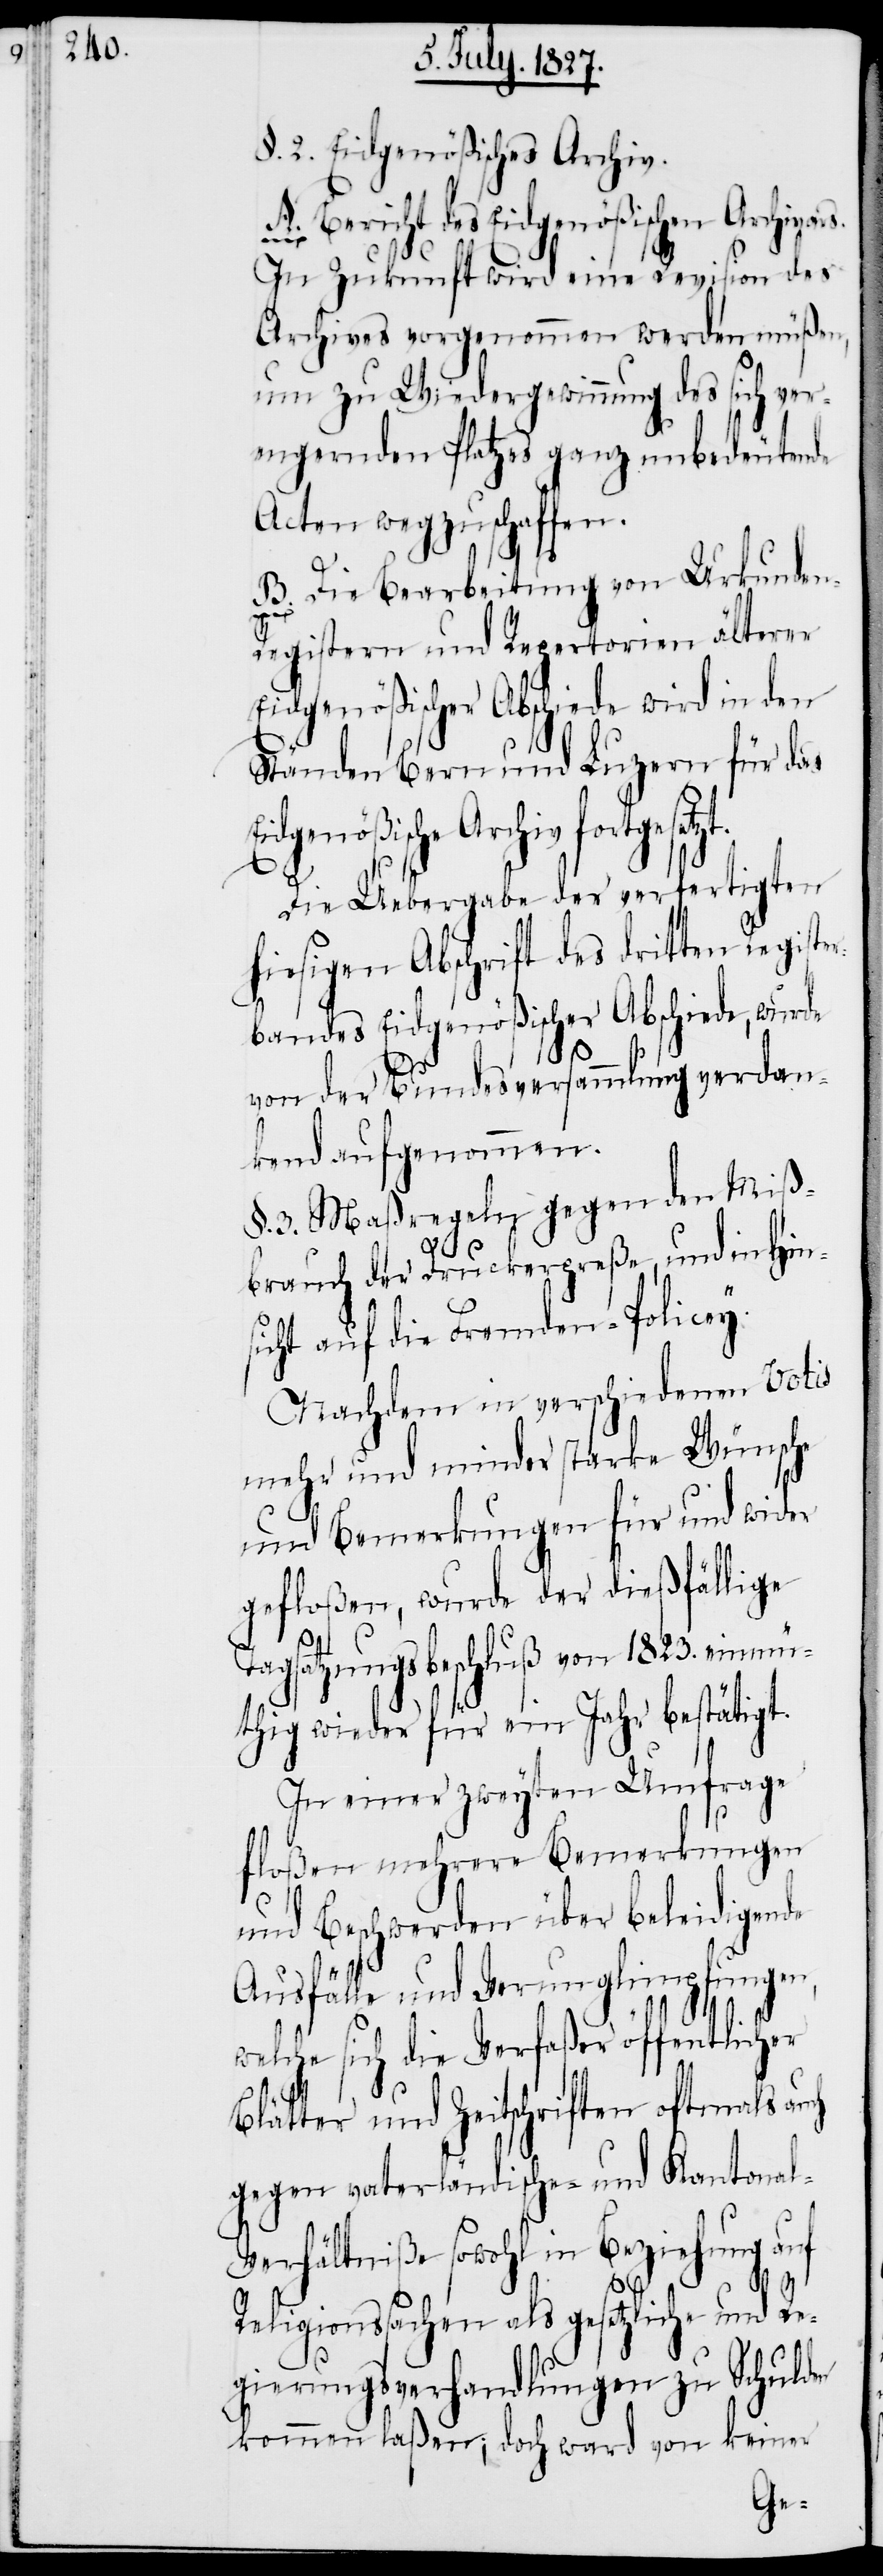
§. 2. Eidgenößisches Archiv.
A. Bericht des Eidgenößischen Archivar¬
In Zukunft wird eine Revision des
Archives vorgenommen werden müßen,
um zu Wiedergewinnung des sich ver¬
engenden Platzes ganz unbedeutende
Acten wegzuschaffen.
n-R¬
B. Die Bearbeitung von Urkunde¬
egistern und Repertorien älterer
Eidgenößischer Abschiede wird in den
Ständen Bern und Luzern für das
idgenößische Archiv fortgesetz¬
Die Uebergabe der verfertigten
hiesigen Abschrift des dritten Register¬
bandes Eidgenößischer Abschiede, wurde
t.
von der Bundesversammlung verdan¬
kend aufgenommen.
§. 3. Maßregeln gegen den Miß¬
brauch der Druckerpreße, und in Hin¬
sicht auf die Fremden-Policey.
Nachdem in verschiedenen Votis
mehr und minder starke Wünsche
und Bemerkungen für und wider
gefloßen, wurde der dießfällige
Tagsatzungsbeschluß von 1823. einmü¬
thig wieder für ein Jahr bestätigt.
In einer zweyten Umfrage
floßen mehrere Bemerkungen
und Beschwerden über beleidigende
E¬
Ausfälle und Verunglimpfungen,
welche sich die Verfaßer öffentlicher
Blätter und Zeitschriften oftmals auch
gegen vaterländische- und Kantona¬
l-Verhältniße sowohl in Beziehung auf
Religionssachen als gesetzliche und Re¬
gierungsverhandlungen zu Schulden
kommen laßen, doch ward von keiner